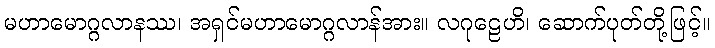
မဟာမောဂ္ဂလာနဿ၊ အရှင်မဟာမောဂ္ဂလာန်အား။ လဂုဠေဟိ၊ ဆောက်ပုတ်တို့ဖြင့်။